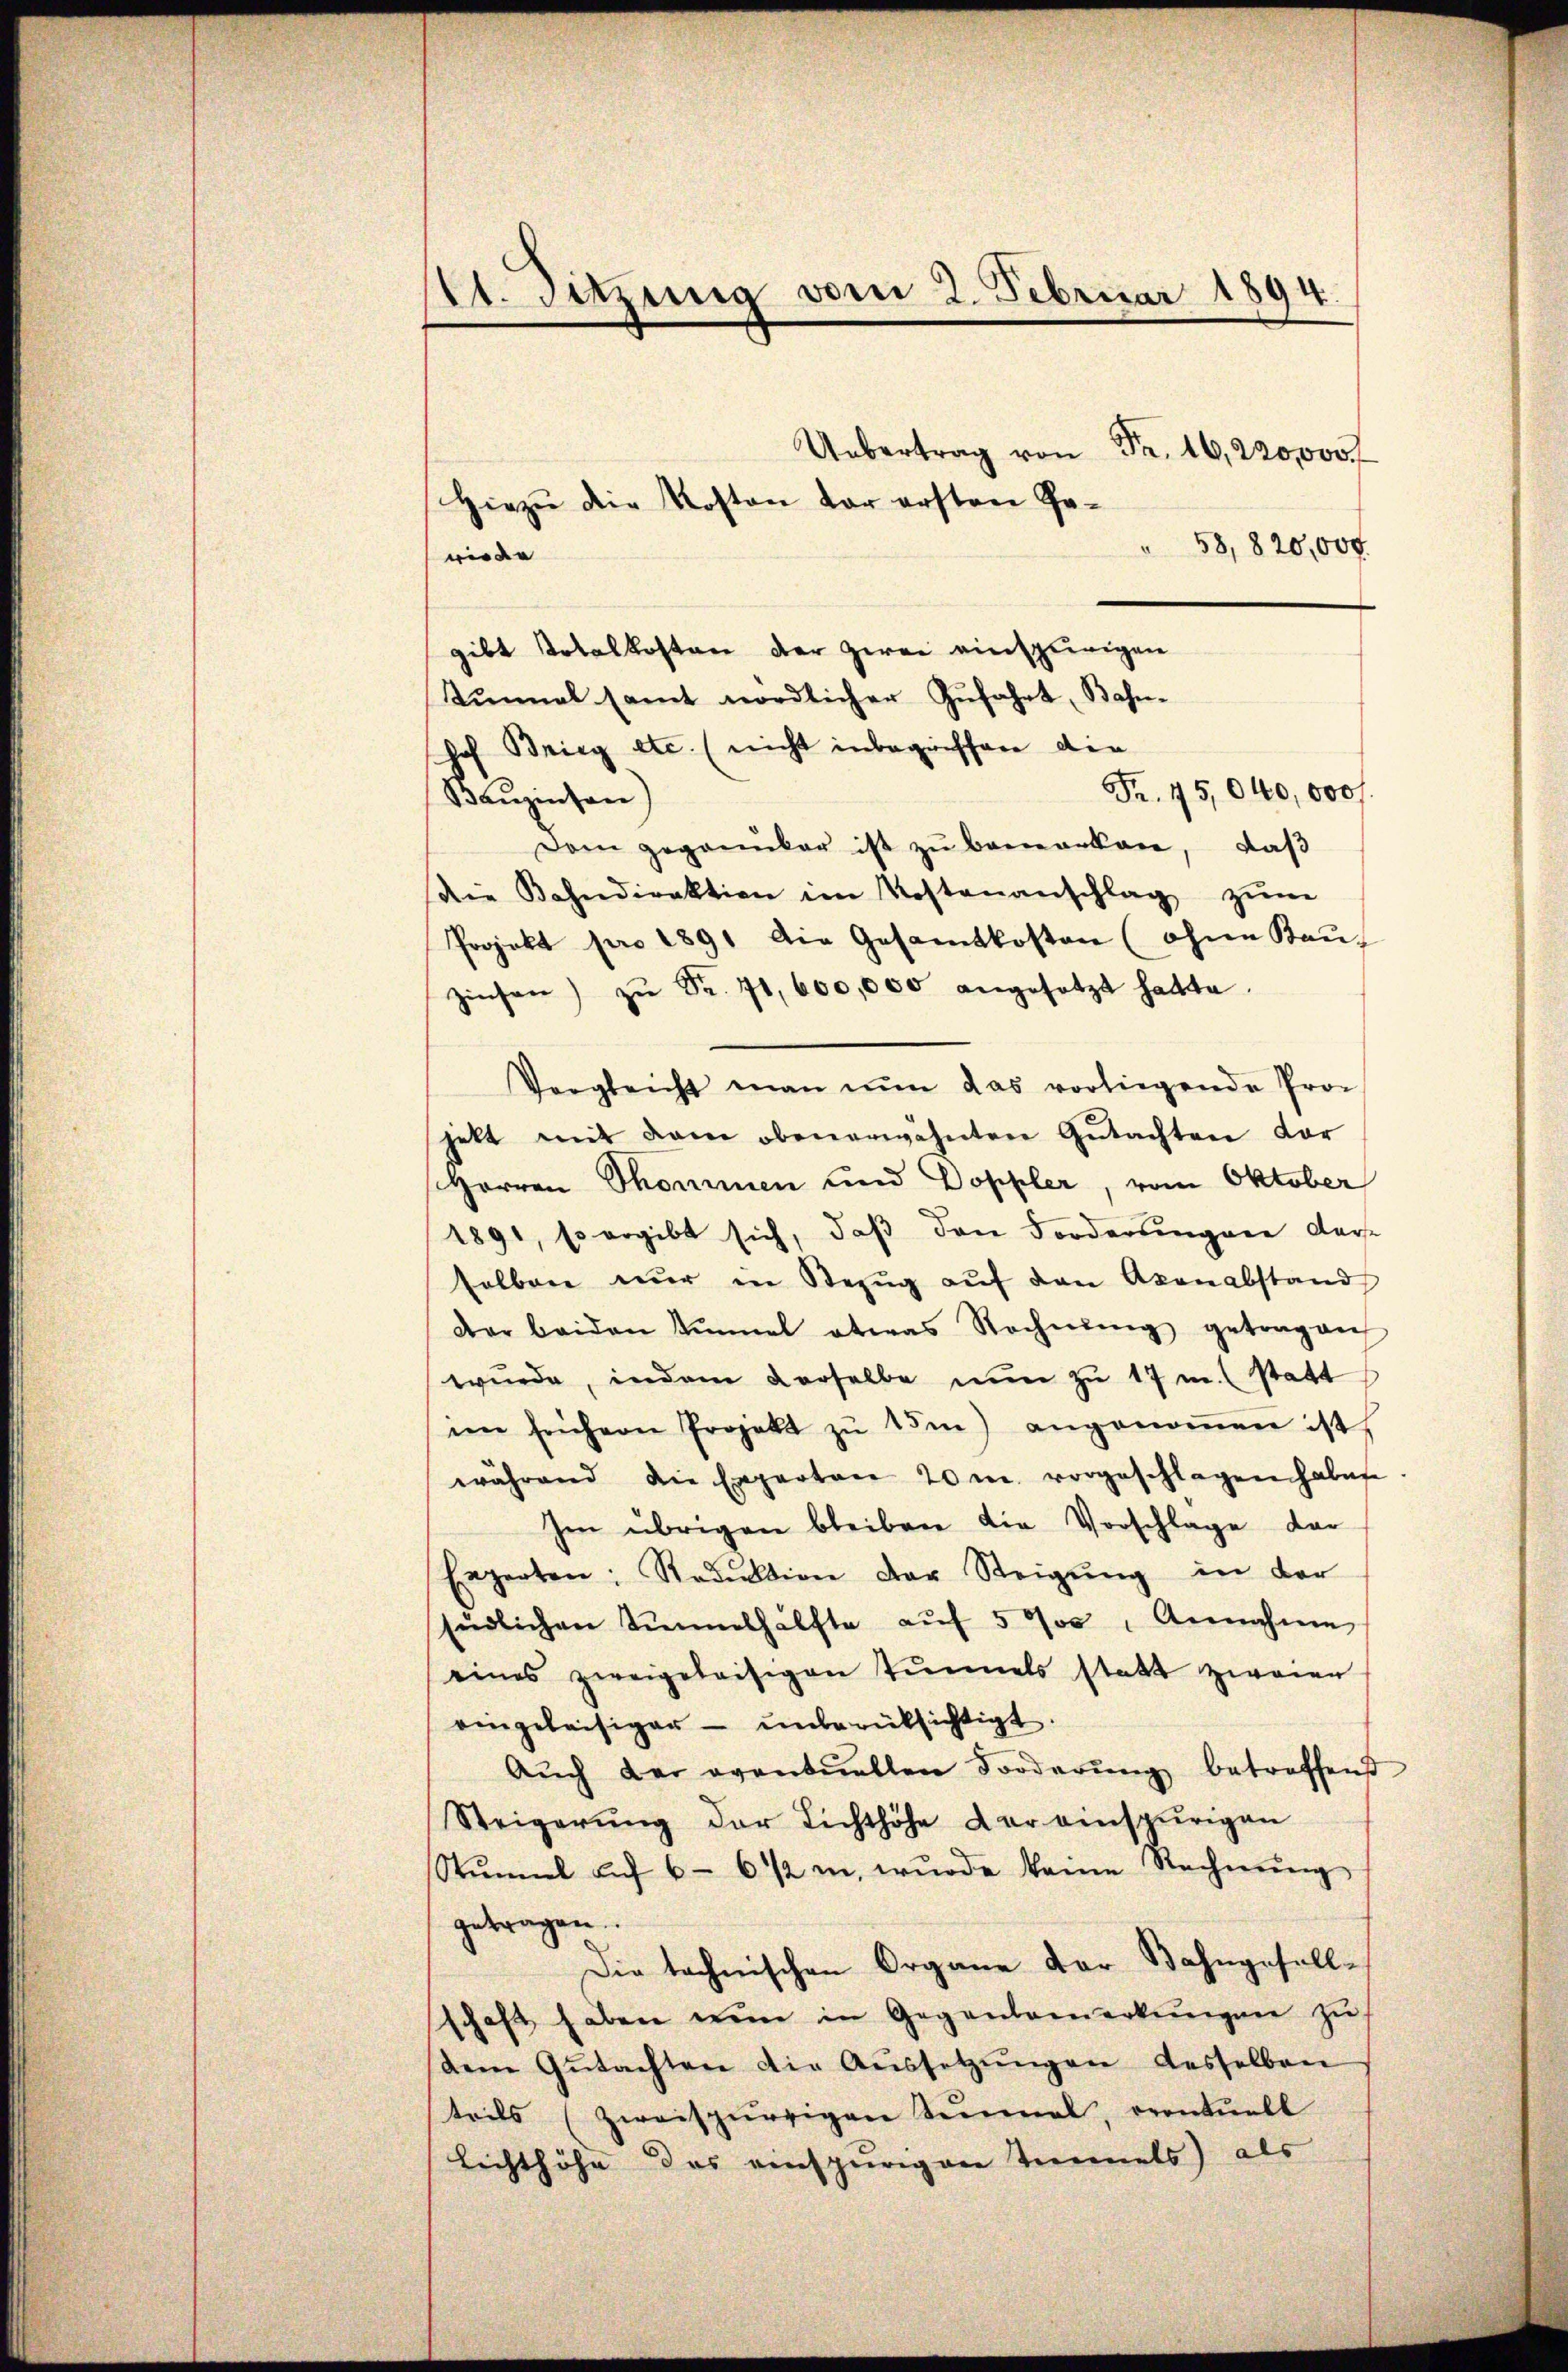
st. Sitzung vom 2. Februar 1894.
 Fr. 220,000 f
Hiezŭ die Kosten der ersten Ge-
" 58,820,000
wiede

gibt Totalkosten der zwei einspurigen
Sunal samt nördlicher Zufahrt, Bahnhof Brieg etc. (nicht inbegriffen die
Baŭzinsen)
Dem gegenüber ist zŭ bemerken, daβ
die Bahndirektion im Kostenanschlag zŭm
Projekt pro 1891 die Gesamtkosten (ohne Bau-
Zinsen zŭ Fr. 71,600,000 angesetzt hatte.
Vergleicht man nun das vorliegende Projett mit dem obenerwähnten Gutachten dor
Herren Thommen und Doppler, vom Oktober
1891, so ergibt sich, daß den Forderungere derselben nŭr in Bezŭg aŭf den Akonabstand
der beiden Sinnel etwas Rechnŭng getragen
wŭrde, indem derselbe nŭn zŭ 17 m. statt
im frühern Projekt zŭ 15m) angenoṁen ist,
während die Experten 20m vorgeschlagen haben
Im übrigen bleiben die Vorschlage dar
Experten: Reduktion der Steigŭng in der
südlichen Tunnelhälfte aŭf 5 % Annahme
eines zweigeleisigen Tunnels statt zweien
eingeleisiger — unberüksichtigt.
Aŭch der eventuellen Forderŭng betreffend
Steigerŭng der Lichthöhe der einspurigen
Stŭmel auf 6 - 6 1/2 in wŭrde keine Rechnŭng
getragen
Die technischen Organe der Bahngesellschaft haben nun in Gegenbemerkŭngen zŭ
dem Gŭtachten die Aŭssetzŭngen desselben
teils (zweispürrigen Senmal, eventuell
Lichthöhe des einspurigen Temmels) als

Fr. 45,040,000 f.